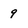
Character: 9